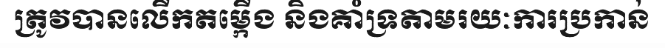
ត្រូវបានលើកតម្កើង និងគាំទ្រតាមរយៈការប្រកាន់